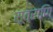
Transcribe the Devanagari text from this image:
सूत्राणि